Insane asylums in Bengal annual reports 1867-1875 - 1867-1875
Year: 1867
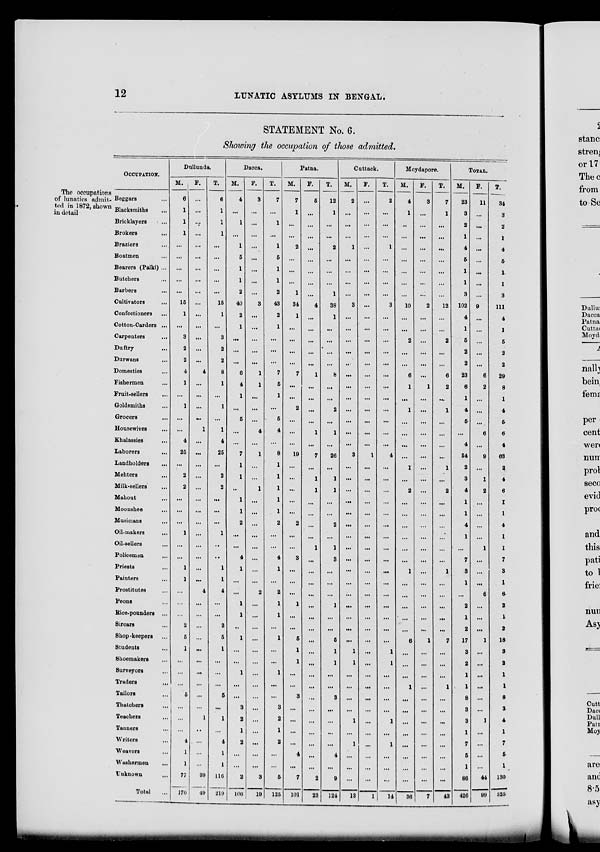
12
LUNATIC ASYLUMS IN BENGAL.
STATEMENT No. 6.
Showing the occupation of those admitted.
The occupations
of lunatics admit-
ted in 1872, shown
in detail
OCCUPATION.
Beggars ...
Blacksmiths
...
Bricklayers ...
Brokers
...
Braziers ...
Boatmen ...
Bearers (Palki) ...
Butchers ...
Barbers ...
Cultivators ...
Confectioners
...
Cotton-Carders ...
Carpenters ...
Duftry ...
Durwans ...
Domestics ...
Fishermen ...
Fruit-sellers
...
Goldsmiths ...
Grocers
...
Housewives ...
Khalassies ...
Laborers ...
Landholders
...
Mehters ...
Milk-sellers ...
Mahout ...
Moonshee ...
Musicians ...
Oil-makers ...
Oil-sellers ...
Policemen ...
Priests ...
Painters ...
Prostitutes ...
Peons ...
Rice-pounders ...
Sircars ...
Shop-keepers ...
Students ...
Shoemakers ...
Surveyors
...
Traders ...
Tailors ...
Thatchers ...
Teachers ...
Tanners
...
Writers ...
Weavers ...
Washermen
...
Unknown ...
Total ...
Dullunda.
M.
6
1
1
1
...
...
...
...
...
15
1
...
3
2
2
4
1
...
1
...
...
4
25
...
2
2
...
...
...
1
...
...
1
1
...
...
...
2
5
1
...
...
...
5
...
...
...
4
1
1
77
170
F.
...
...
...
...
...
...
...
...
...
...
...
...
...
...
...
4
...
...
...
...
1
...
...
...
...
...
...
...
...
...
...
...
...
...
4
...
...
...
...
...
...
...
...
...
...
1
...
...
...
...
39
49
T.
6
1
1
1
...
...
...
...
...
15
1
...
3
2
2
8
1
...
1
...
1
4
25
...
2
2
...
...
...
1
...
...
1
1
4
...
...
2
5
1
...
...
...
5
...
1
...
4
1
1
116
219
Dacca.
M.
4
...
1
...
1
5
1
1
2
40
2
1
...
...
...
6
4
1
...
5
...
...
7
1
1
...
1
1
2
...
...
4
1
...
...
1
1
...
1
...
...
1
...
...
3
2
1
2
...
...
2
106
F.
3
...
...
...
...
...
...
...
...
3
...
...
...
...
...
1
1
...
...
...
4
...
1
...
...
1
...
...
...
...
...
...
...
...
2
...
...
...
...
...
...
...
...
...
...
...
...
...
...
...
3
19
T.
7
...
1
...
1
5
1
1
2
43
2
1
...
...
...
7
5
1
...
5
4
...
8
1
1
1
1
1
2
...
...
4
1
...
2
1
1
...
1
...
...
1
...
...
3
2
1
2
...
...
5
125
Patna.
M.
7
1
...
...
2
...
...
...
1
34
1
...
...
...
...
7
...
...
2
...
...
...
19
...
...
...
...
...
2
...
...
3
...
...
...
1
...
...
5
1
1
...
...
3
...
...
...
...
4
...
7
101
F.
5
...
...
...
...
...
...
...
...
4
...
...
...
...
...
1
...
...
...
...
1
...
7
...
1
1
...
...
...
...
1
...
...
...
...
...
...
...
...
...
...
...
...
...
...
...
...
...
...
...
2
23
T.
12
1
...
...
2
...
...
...
1
38
1
...
...
...
...
8
...
...
2
...
1
...
26
...
1
1
...
...
2
...
1
3
...
...
...
1
...
...
5
1
1
...
...
3
...
...
...
...
4
...
9
124
Cuttack.
M.
2
...
...
...
1
...
...
...
...
3
...
...
...
...
...
...
...
...
...
...
...
...
3
...
...
...
...
...
...
...
...
...
...
...
...
...
...
...
...
1
1
...
...
...
...
1
...
1
...
...
...
13
F.
...
...
...
...
...
...
...
...
...
...
...
...
...
...
...
...
...
...
...
...
...
...
1
...
...
...
...
...
...
...
...
...
...
...
...
...
...
...
...
...
...
...
...
...
...
...
...
...
...
...
...
1
T.
2
...
...
...
1
...
...
...
...
3
...
...
...
...
...
...
...
...
...
...
...
...
4
...
...
...
...
...
...
...
...
...
...
...
...
...
...
...
...
1
1
...
...
...
...
1
...
1
...
...
...
14
Moydapore.
M.
4
1
...
...
...
...
...
...
...
10
...
...
2
...
...
6
1
...
1
...
...
...
...
1
...
2
...
...
...
...
...
...
1
...
...
...
...
...
6
...
...
...
1
...
...
...
...
...
...
...
...
36
F.
3
...
...
...
...
...
...
...
...
2
...
...
...
...
...
...
1
...
...
...
...
...
...
...
...
...
...
...
...
...
...
...
...
...
...
...
...
...
1
...
...
...
...
...
...
...
...
...
...
...
...
7
T.
7
1
...
...
...
...
...
...
...
12
...
...
2
...
...
6
2
...
1
...
...
...
...
1
...
2
...
...
...
...
...
...
1
...
...
...
...
...
7
...
...
...
1
...
...
...
...
...
...
...
...
43
TOTAL.
M.
23
3
2
1
4
5
1
1
3
102
4
1
5
2
2
23
6
1
4
5
...
4
54
2
3
4
1
1
4
1
...
7
3
1
...
2
1
2
17
3
2
1
1
8
3
3
1
7
5
1
86
426
F.
11
...
...
...
...
...
...
...
...
9
...
...
...
...
...
6
2
...
...
...
6
...
9
...
1
2
...
...
...
...
1
...
...
...
6
...
...
...
1
...
...
...
...
...
...
1
...
...
...
...
44
99
T.
34
3
2
1
4
5
1
1
3
111
4
1
5
2
2
29
8
1
4
5
6
4
63
2
4
6
1
1
4
1
1
7
3
1
6
2
1
2
18
3
2
1
1
8
3
4
1
7
5
1
130
525